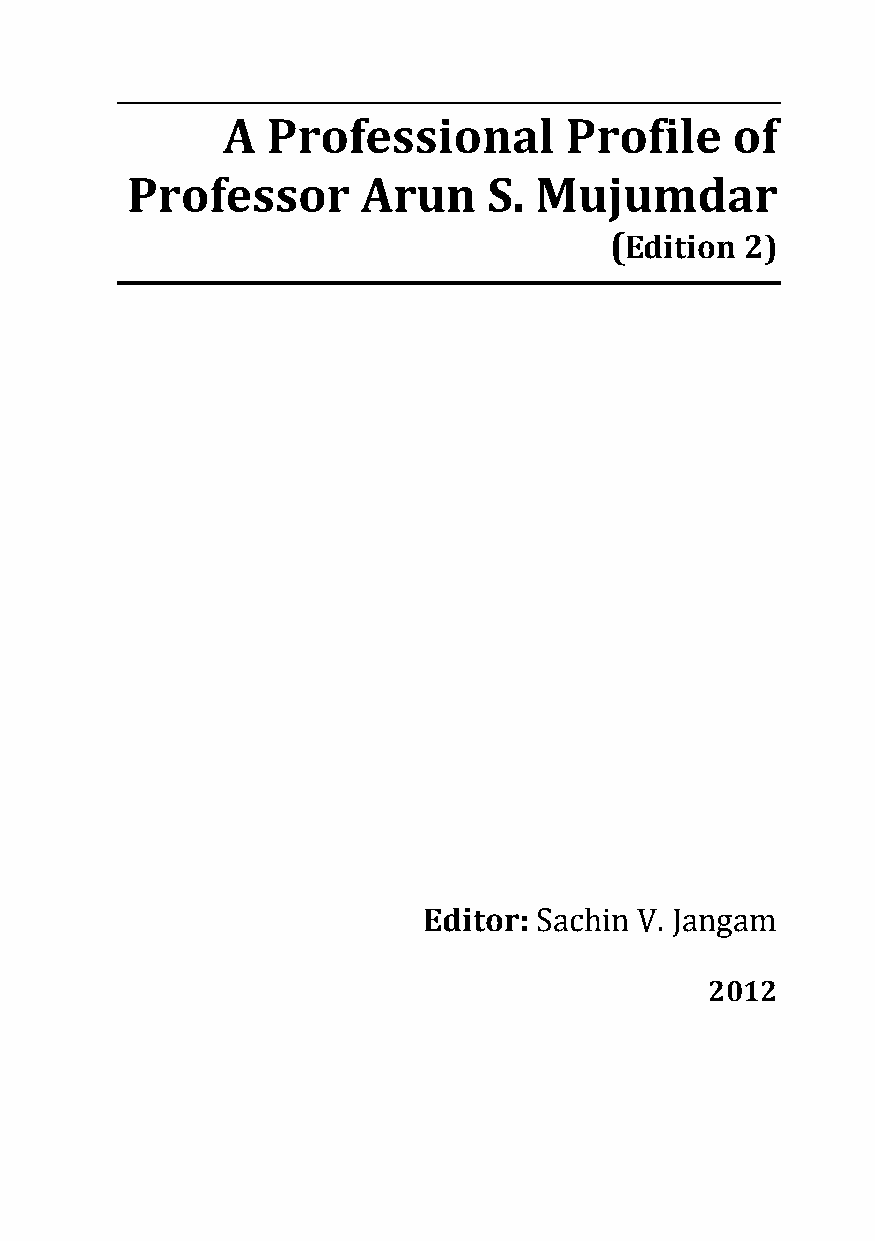
A  Professional       Profile    of
 Professor       Arun    S. Mujumdar
 (Edition 2)
 Editor:
 Sachin V. Jan2g0a1m2